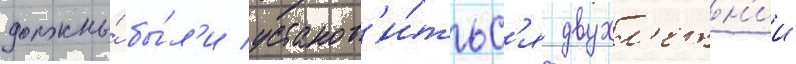
должны́ бы́л'и установ'и́тьс'я двухл'етн'ии